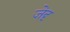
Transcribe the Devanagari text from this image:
जेदृ